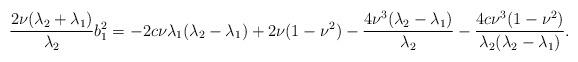
LaTeX: \begin{align*}\displaystyle\frac{2\nu(\lambda_{2}+\lambda_{1})}{\lambda_{2}}b_{1}^{2}=-2c\nu\lambda_{1}(\lambda_{2}-\lambda_{1})+2\nu(1-\nu^{2})-\displaystyle\frac{4\nu^{3}(\lambda_{2}-\lambda_{1})}{\lambda_{2}}-\displaystyle\frac{4c\nu^{3}(1-\nu^{2})}{\lambda_{2}(\lambda_{2}-\lambda_{1})}.\end{align*}